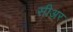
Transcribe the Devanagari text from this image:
सीअर